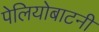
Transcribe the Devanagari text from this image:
पेलियोबाटनी